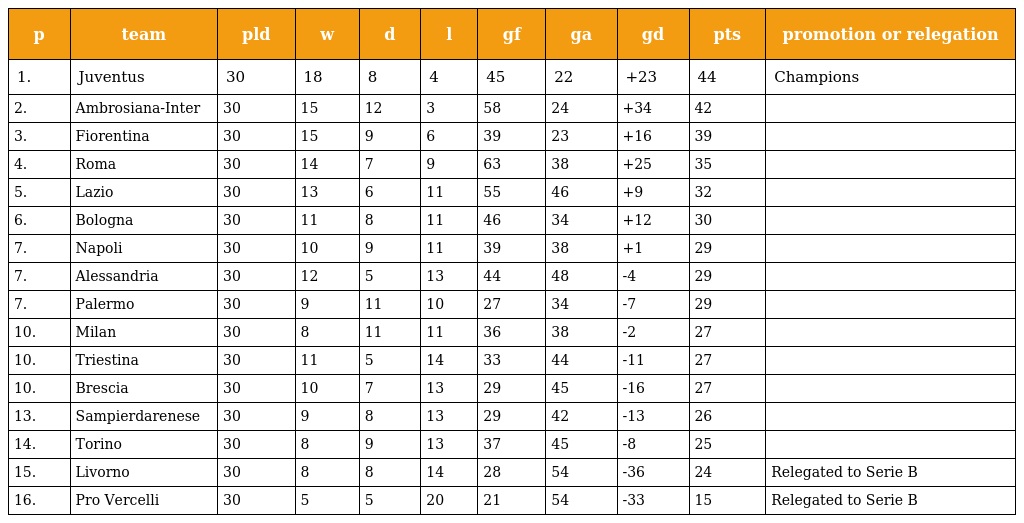
| p | team | pld | w | d | l | gf | ga | gd | pts | promotion or relegation |
 | --- | --- | --- | --- | --- | --- | --- | --- | --- | --- | --- |
 | 1. | Juventus | 30 | 18 | 8 | 4 | 45 | 22 | +23 | 44 | Champions |
 | 2. | Ambrosiana-Inter | 30 | 15 | 12 | 3 | 58 | 24 | +34 | 42 |  |
 | 3. | Fiorentina | 30 | 15 | 9 | 6 | 39 | 23 | +16 | 39 |  |
 | 4. | Roma | 30 | 14 | 7 | 9 | 63 | 38 | +25 | 35 |  |
 | 5. | Lazio | 30 | 13 | 6 | 11 | 55 | 46 | +9 | 32 |  |
 | 6. | Bologna | 30 | 11 | 8 | 11 | 46 | 34 | +12 | 30 |  |
 | 7. | Napoli | 30 | 10 | 9 | 11 | 39 | 38 | +1 | 29 |  |
 | 7. | Alessandria | 30 | 12 | 5 | 13 | 44 | 48 | -4 | 29 |  |
 | 7. | Palermo | 30 | 9 | 11 | 10 | 27 | 34 | -7 | 29 |  |
 | 10. | Milan | 30 | 8 | 11 | 11 | 36 | 38 | -2 | 27 |  |
 | 10. | Triestina | 30 | 11 | 5 | 14 | 33 | 44 | -11 | 27 |  |
 | 10. | Brescia | 30 | 10 | 7 | 13 | 29 | 45 | -16 | 27 |  |
 | 13. | Sampierdarenese | 30 | 9 | 8 | 13 | 29 | 42 | -13 | 26 |  |
 | 14. | Torino | 30 | 8 | 9 | 13 | 37 | 45 | -8 | 25 |  |
 | 15. | Livorno | 30 | 8 | 8 | 14 | 28 | 54 | -36 | 24 | Relegated to Serie B |
 | 16. | Pro Vercelli | 30 | 5 | 5 | 20 | 21 | 54 | -33 | 15 | Relegated to Serie B |